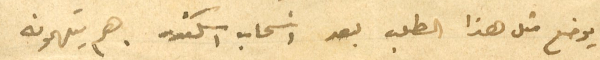
يوضع مثل هذا الطلب بعد انسحاب اسكندر هم يتهمونه